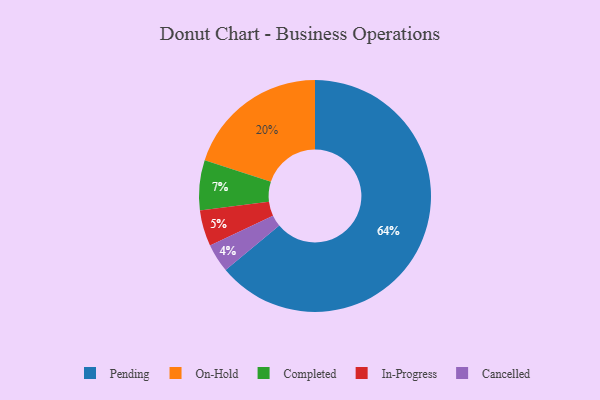
{"axis": {"x": "Category", "y": "Percentage"}, "legend": ["Cancelled", "Completed", "In-Progress", "On-Hold", "Pending"], "data": [{"x": "Completed", "y": 7, "type": "Completed"}, {"x": "Cancelled", "y": 4, "type": "Cancelled"}, {"x": "In-Progress", "y": 5, "type": "In-Progress"}, {"x": "On-Hold", "y": 20, "type": "On-Hold"}, {"x": "Pending", "y": 64, "type": "Pending"}]}